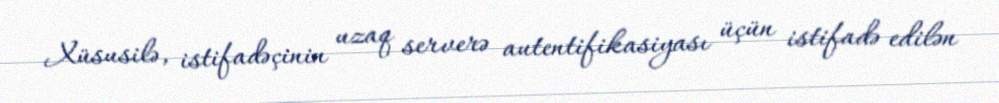
Xüsusilə, istifadəçinin uzaq serverə autentifikasiyası üçün istifadə edilən